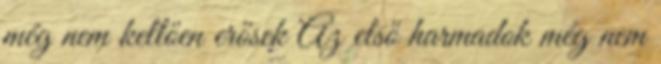
még nem kellően erősek Az első harmadok még nem